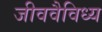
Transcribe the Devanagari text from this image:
जीववैविध्य